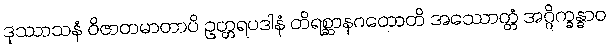
ဒုဿာသနံ ဝိဇာတမာတာပိ ဥတ္တရပဒါနံ တိရစ္ဆာနဂတောတိ အဿောတ္တံ အဂ္ဂိက္ခန္ဓာဝ